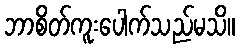
ဘာစိတ်ကူးပေါက်သည်မသိ။